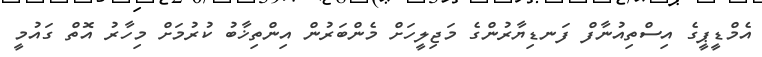
އެމްޑީޕީގެ އިސްތިއުނާފް ފަނޑިޔާރުންގެ މަޖިލީހަށް މެންބަރުން އިންތިޚާބު ކުރުމަށް މިހާރު އޮތް ގައުމީ